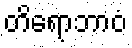
တိရောဘာဝံ